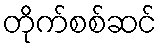
တိုက်စစ်ဆင်